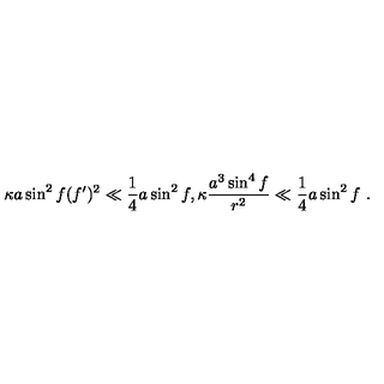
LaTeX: \kappa a \sin ^ { 2 } f ( f ^ { \prime } ) ^ { 2 } \ll \frac { 1 } { 4 } a \sin ^ { 2 } f , \kappa \frac { a ^ { 3 } \sin ^ { 4 } f } { r ^ { 2 } } \ll \frac { 1 } { 4 } a \sin ^ { 2 } f \ .